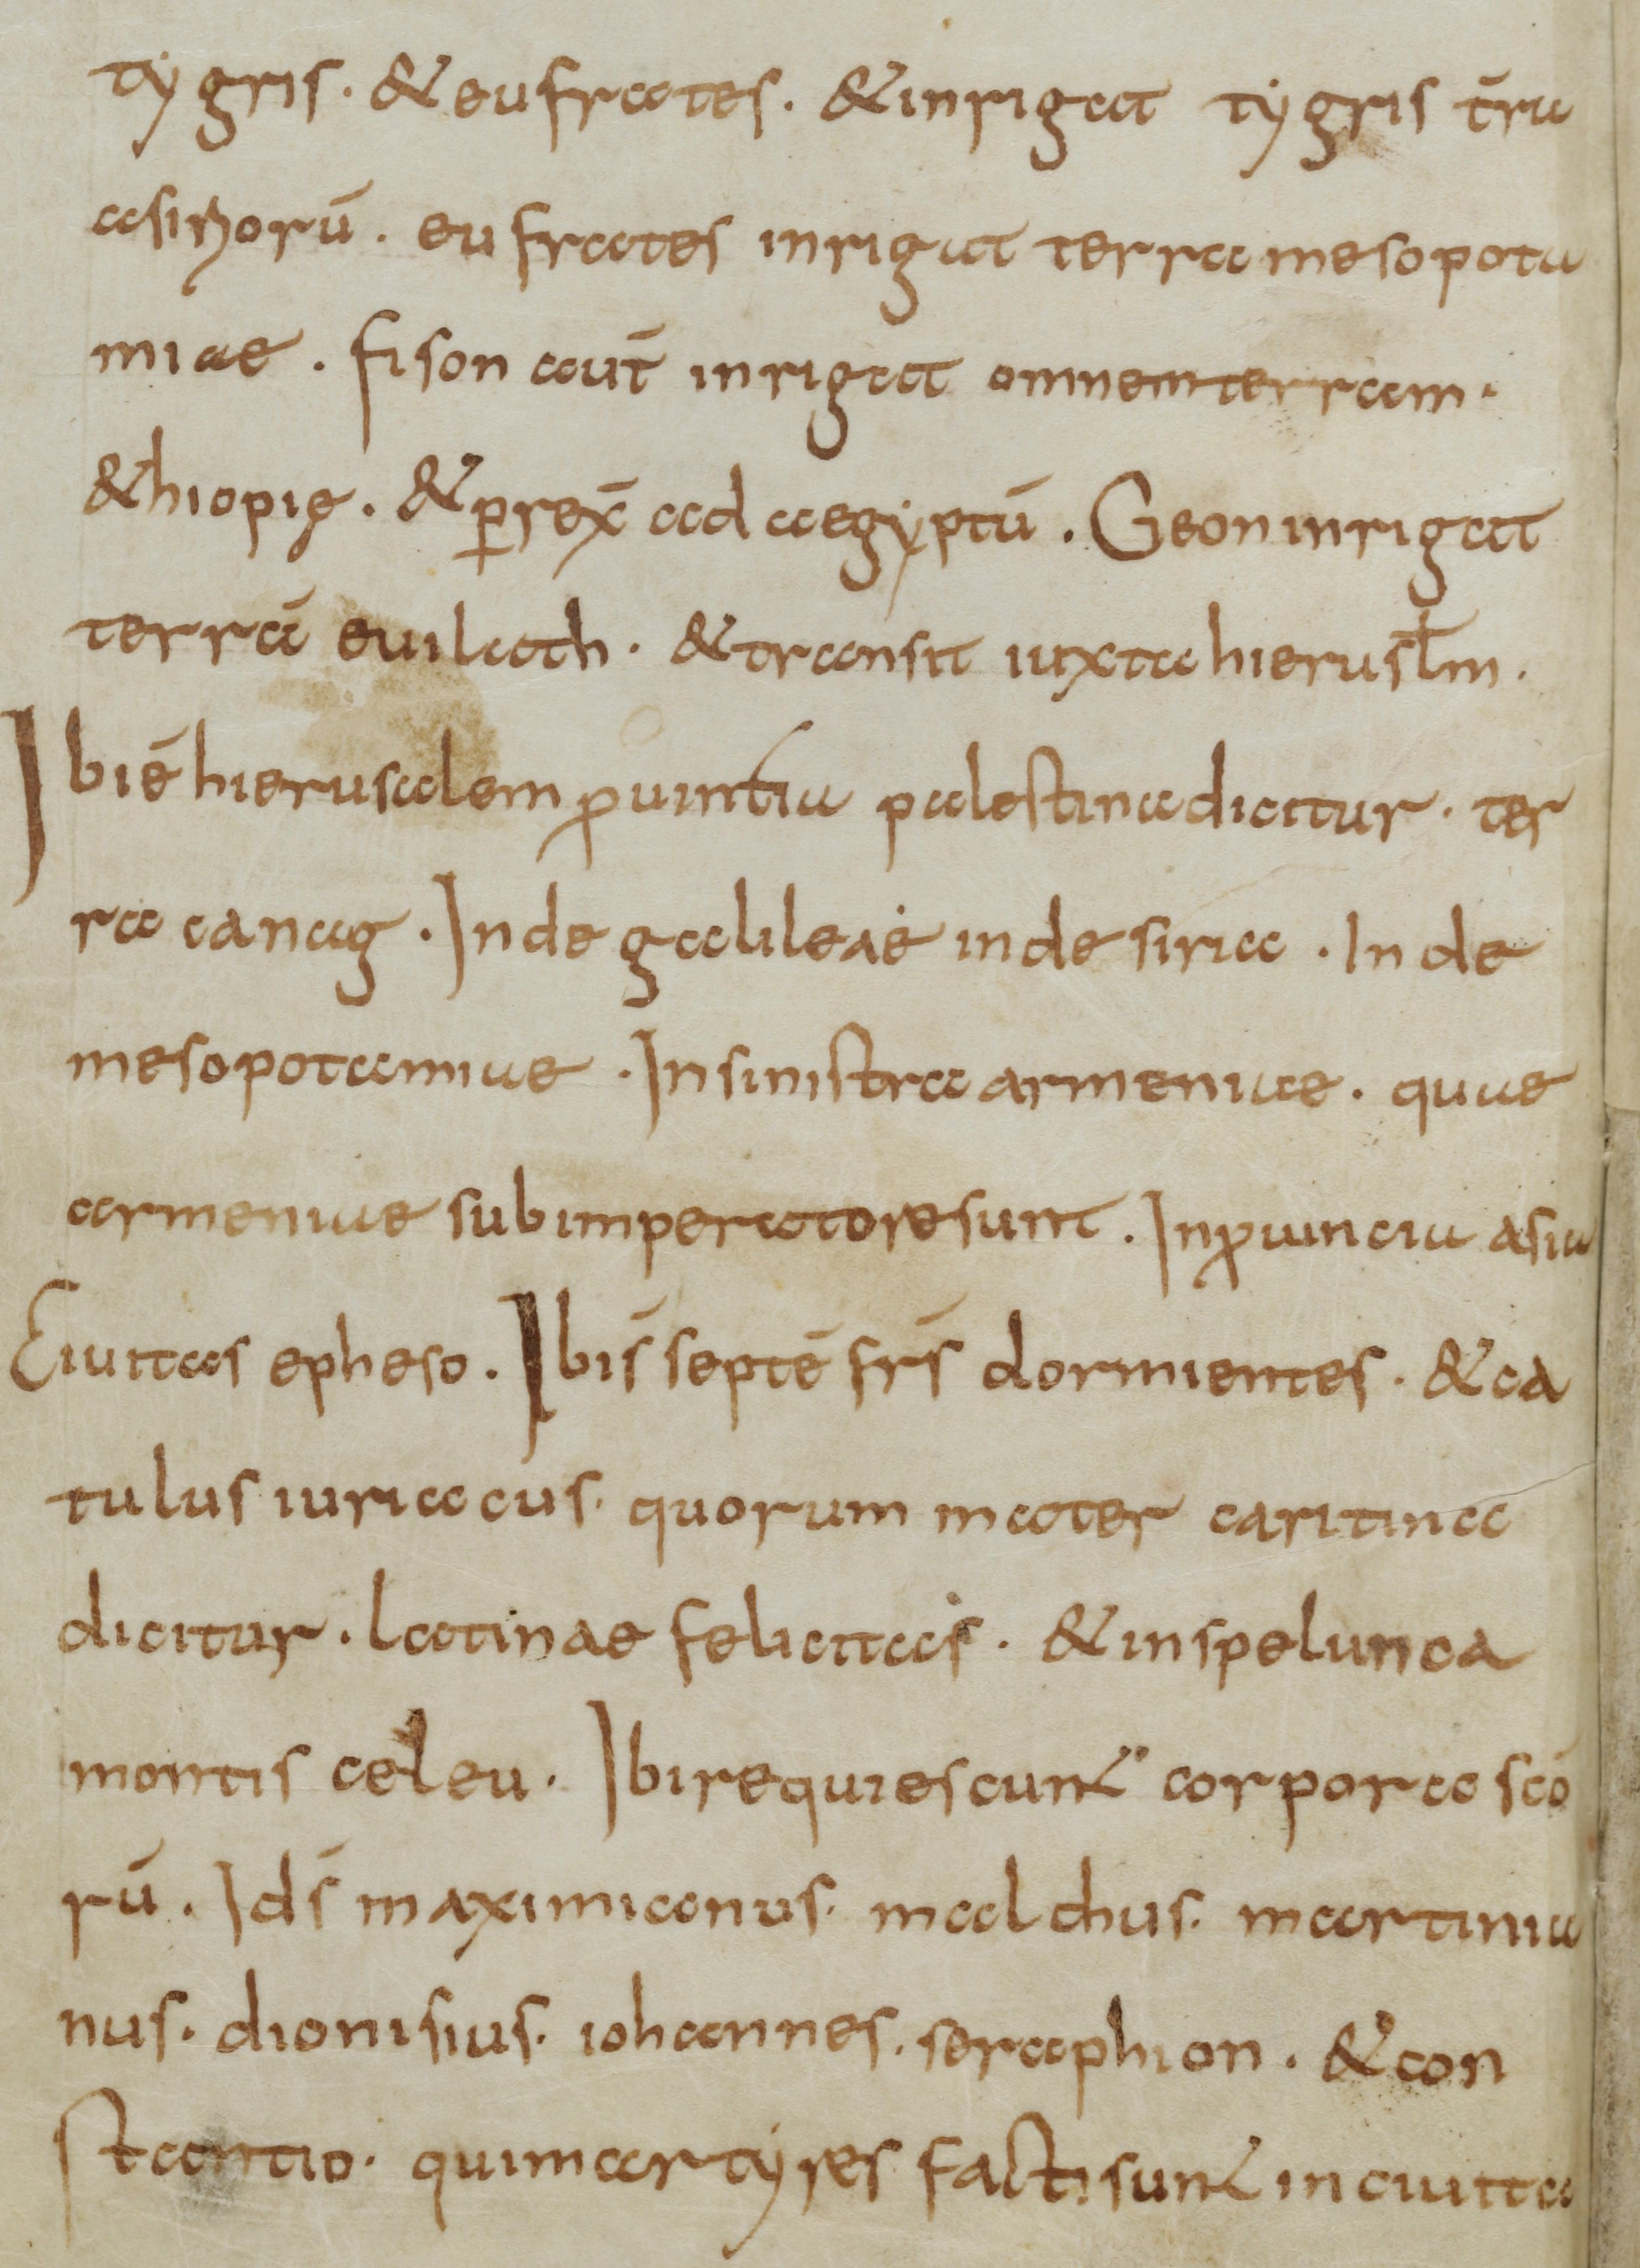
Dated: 800–899